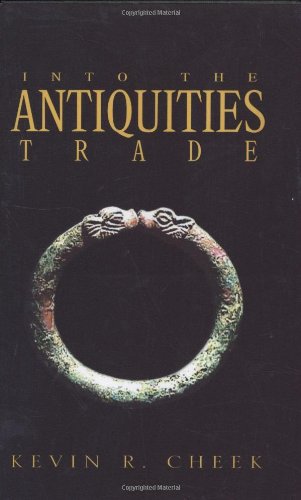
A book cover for Into The Antiquities Trade; Kevin R. Cheek; Crafts, Hobbies & Home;